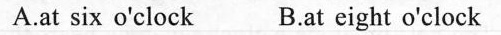
A.at six o'clock B.at eight o'clock